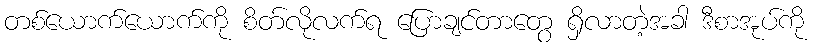
တစ်ယောက်ယောက်ကို စိတ်လိုလက်ရ ပြောချင်တာတွေ ရှိလာတဲ့အခါ ဒီစာအုပ်ကို